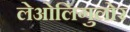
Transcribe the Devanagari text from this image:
लेओलिगुलोर